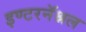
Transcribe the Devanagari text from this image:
इण्टरनॅश्नल